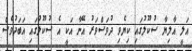
އަލީ އާލިޔާ ސުކޫލުގައި ކިޔެވި ދުވަސްވަރު އޭނާ އަކީ އެ ސުކޫލުގައި އަބަދުވެސް